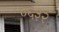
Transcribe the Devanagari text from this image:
०६३२